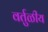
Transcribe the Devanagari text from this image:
वर्तुळीय